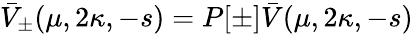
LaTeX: \bar{V}_{\pm}(\mu,2\kappa,-s)=P[\pm]\bar{V}(\mu,2\kappa,-s)